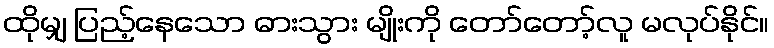
ထိုမျှ ပြည့်နေသော ဓားသွား မျိုးကို တော်တော့်လူ မလုပ်နိုင်။